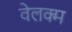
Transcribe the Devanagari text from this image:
वेलक्म